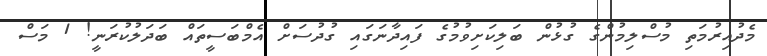
މެދުއިރުމަތި މުސްލިމުންގެ ގުޅުން ބަލިކަށިވުމުގެ ފައިދާނަގައި ގުދުސަށް އެމްބަސީތައް ބަދަލުކުރަނީ! 1 މަސް